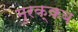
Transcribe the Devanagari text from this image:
मुरक्कब